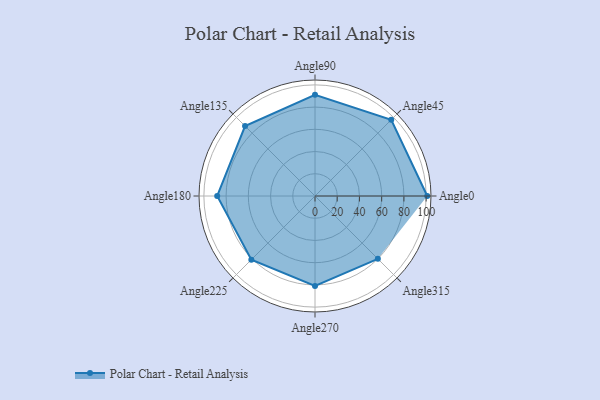
{"axis": {"x": "Angle", "y": "Radius"}, "legend": [""], "data": [{"x": "Angle0", "y": 101.0, "type": ""}, {"x": "Angle45", "y": 97.0, "type": ""}, {"x": "Angle90", "y": 91.0, "type": ""}, {"x": "Angle135", "y": 89.0, "type": ""}, {"x": "Angle180", "y": 88.0, "type": ""}, {"x": "Angle225", "y": 81.0, "type": ""}, {"x": "Angle270", "y": 81.0, "type": ""}, {"x": "Angle315", "y": 80.0, "type": ""}]}